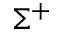
\Sigma ^ { + }